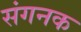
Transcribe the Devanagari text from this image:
संगनक